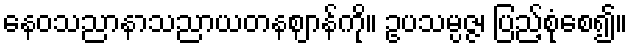
နေဝသညာနာသညာယတနဈာန်ကို။ ဥပသမ္ပဇ္ဇ၊ ပြည့်စုံစေ၍။